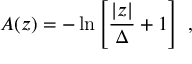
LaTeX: A ( z ) = - \ln \left[ { \frac { | z | } { \Delta } } + 1 \right] ~ ,